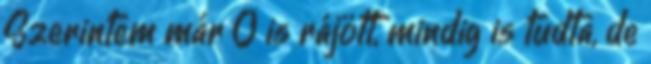
Szerintem már Ő is rájött, mindig is tudta, de